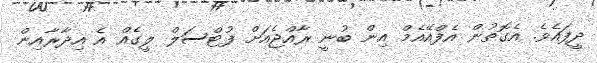
ދީފައެވެ. އެގޮތުން އެފްއޭއެމް އިން ބުނީ ރާއްޖެއަށް ފުޓްސަލް ލީގެއް އެ އިދާރާއިން